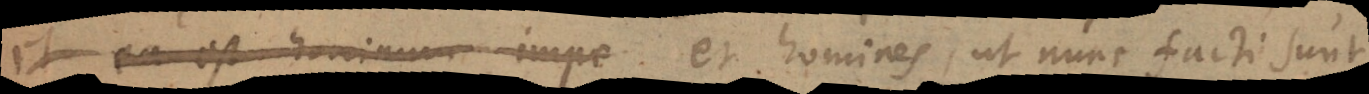
et ea est hominum impe et homines, ut nunc facti sunt,